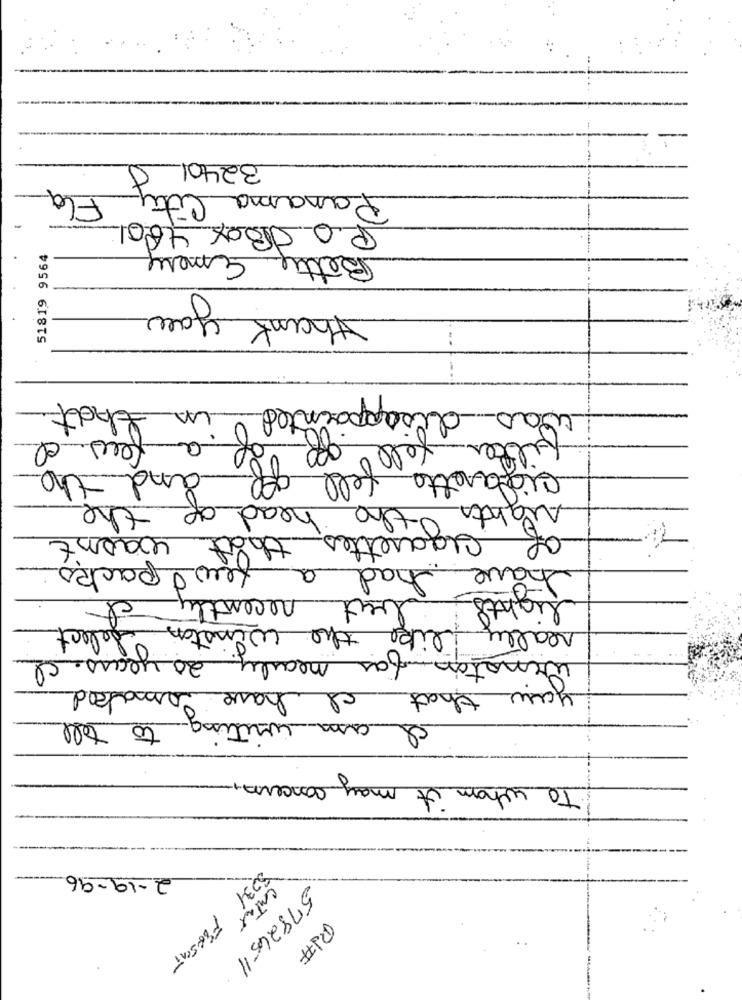
32401
Panama City
Fla
P.O. Box 4601
Betty Emery
51819 9564
you
thank
that
LA
disappointed
was
few. el
falter.
cigarette
and the
yeletell
of the
head
Nights the
of
wasn't
Cigarettes that
few packs
had
have
recently
lights
lect
like the winston
really
winston for nearly 20 years. c
have smoked
you that
am writing
to tell
To whom it may concern-
2-19-96
conTat
PUFF
5334 FERsent
57826511